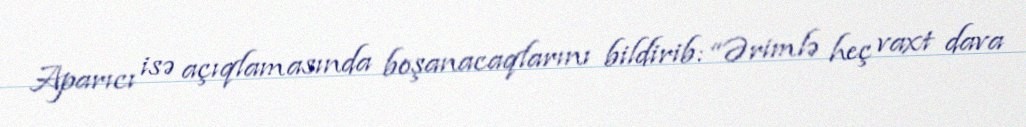
Aparıcı isə açıqlamasında boşanacaqlarını bildirib: “Ərimlə heç vaxt dava